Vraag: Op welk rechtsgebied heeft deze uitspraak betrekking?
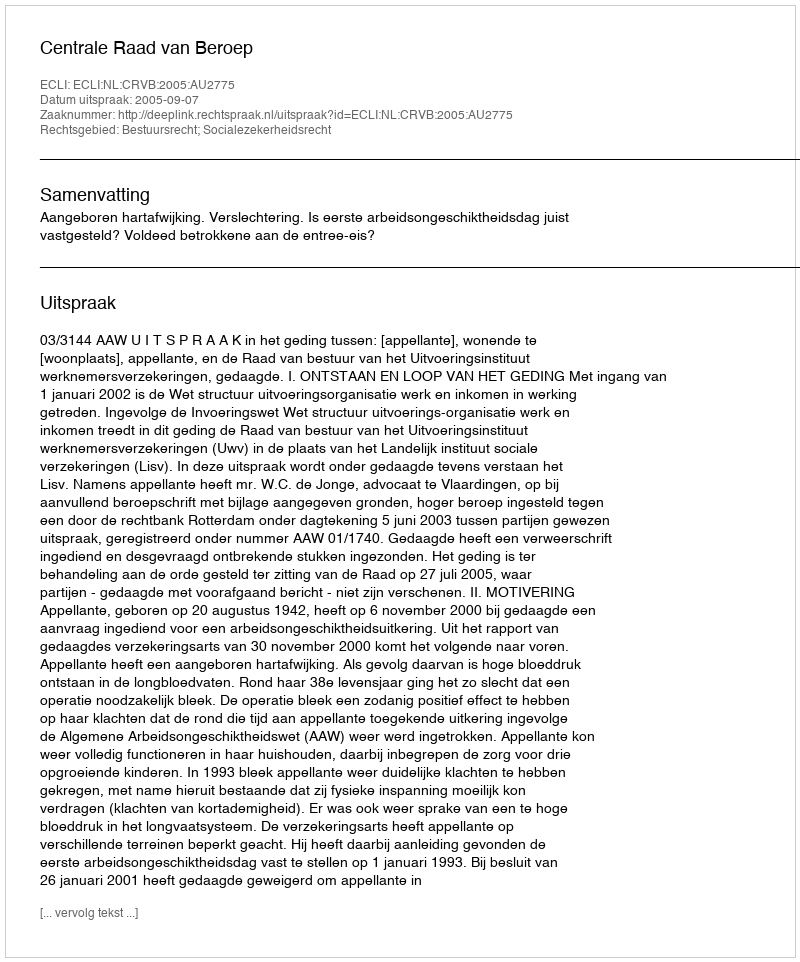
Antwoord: Bestuursrecht; Socialezekerheidsrecht